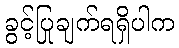
ခွင့်ပြုချက်ရရှိပါက